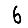
Digit: 6